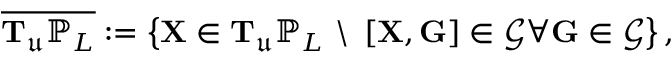
\overline { { \mathbf { T } _ { \mathfrak { u } } \mathbb { P } _ { L } } } : = \left\{ \mathbf { X } \in \mathbf { T } _ { \mathfrak { u } } \mathbb { P } _ { L } \ \backslash \ \left[ \mathbf { X } , \mathbf { G } \right] \in \mathcal { G } \forall \mathbf { G } \in \mathcal { G } \right\} ,